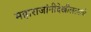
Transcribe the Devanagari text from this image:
महाराजांनीदेखीलत्यांचे